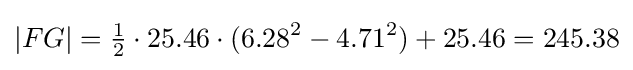
|FG|={\tfrac {1}{2}}\cdot 25.46\cdot (6.28^{2}-4.71^{2})+25.46=245.38